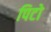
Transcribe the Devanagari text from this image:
पिटो